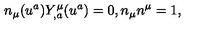
n _ { \mu } ( u ^ { a } ) Y _ { , a } ^ { \mu } ( u ^ { a } ) = 0 , n _ { \mu } n ^ { \mu } = 1 ,